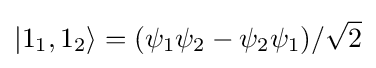
|1_{1},1_{2}\rangle =(\psi _{1}\psi _{2}-\psi _{2}\psi _{1})/{\sqrt {2}}